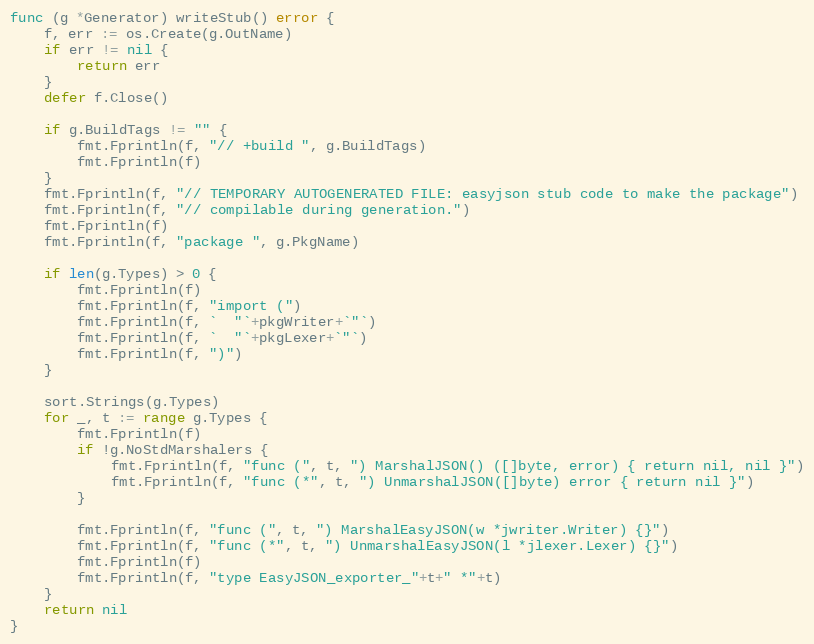
Language: Go
func (g *Generator) writeStub() error {
	f, err := os.Create(g.OutName)
	if err != nil {
		return err
	}
	defer f.Close()

	if g.BuildTags != "" {
		fmt.Fprintln(f, "// +build ", g.BuildTags)
		fmt.Fprintln(f)
	}
	fmt.Fprintln(f, "// TEMPORARY AUTOGENERATED FILE: easyjson stub code to make the package")
	fmt.Fprintln(f, "// compilable during generation.")
	fmt.Fprintln(f)
	fmt.Fprintln(f, "package ", g.PkgName)

	if len(g.Types) > 0 {
		fmt.Fprintln(f)
		fmt.Fprintln(f, "import (")
		fmt.Fprintln(f, `  "`+pkgWriter+`"`)
		fmt.Fprintln(f, `  "`+pkgLexer+`"`)
		fmt.Fprintln(f, ")")
	}

	sort.Strings(g.Types)
	for _, t := range g.Types {
		fmt.Fprintln(f)
		if !g.NoStdMarshalers {
			fmt.Fprintln(f, "func (", t, ") MarshalJSON() ([]byte, error) { return nil, nil }")
			fmt.Fprintln(f, "func (*", t, ") UnmarshalJSON([]byte) error { return nil }")
		}

		fmt.Fprintln(f, "func (", t, ") MarshalEasyJSON(w *jwriter.Writer) {}")
		fmt.Fprintln(f, "func (*", t, ") UnmarshalEasyJSON(l *jlexer.Lexer) {}")
		fmt.Fprintln(f)
		fmt.Fprintln(f, "type EasyJSON_exporter_"+t+" *"+t)
	}
	return nil
}